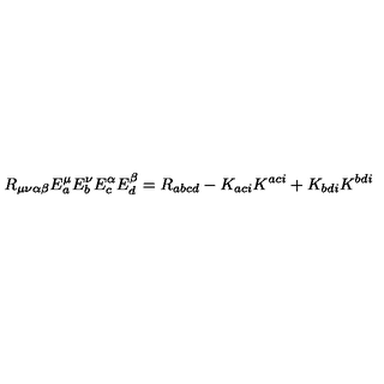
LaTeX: R _ { \mu \nu \alpha \beta } E _ { a } ^ { \mu } E _ { b } ^ { \nu } E _ { c } ^ { \alpha } E _ { d } ^ { \beta } = R _ { a b c d } - K _ { a c i } K ^ { a c i } + K _ { b d i } K ^ { b d i }